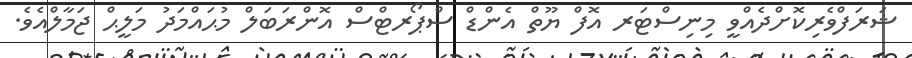
ޝަރަފްވެރިކޮށްދެއްވީ މިނިސްޓަރ އޮފް ޔޫތް އެންޑް ސްޕޯރޓްސް އޮންރަބަލް މުޙައްމަދު މަލީޙް ޖަމާލްއެވެ.